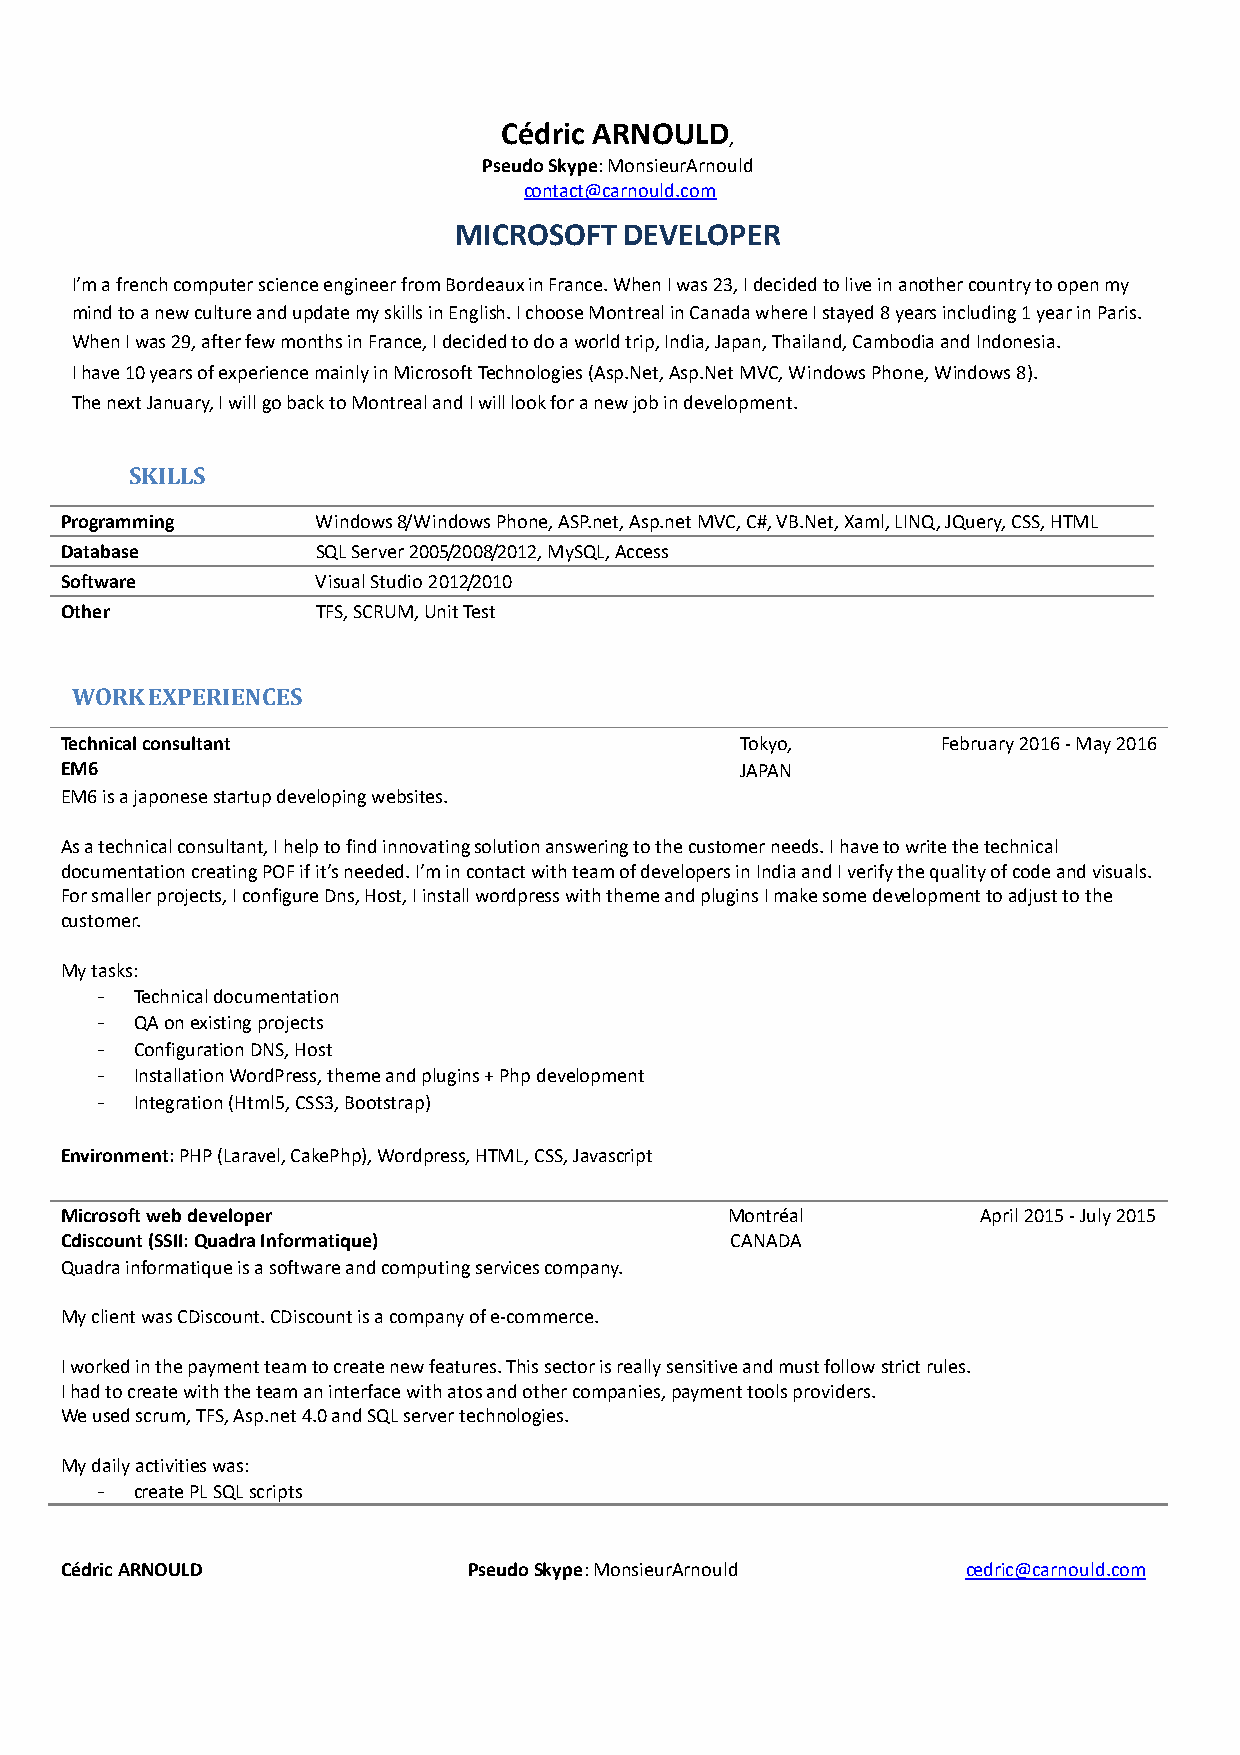
Cédric ARNOULD
 ,
 Pseudo Skype: MonsieurArnould
 contact@carnould.com
 MICROSOFT  DEVELOPER
 I’m a french computer science engineer from Bordeaux in France. When I was 23, I decided to live in another country to open my
 mind to a new culture and update my skills in English. I choose Montreal in Canada where I stayed 8 years including 1 year in Paris.
 When I was 29, after few months in France, I decided to do a world trip, India, Japan, Thailand, Cambodia and Indonesia.
 I have 10 years of experience mainly in Microsoft Technologies (Asp.Net, Asp.Net MVC, Windows Phone, Windows 8).
 The next January, I will go back to Montreal and I will look for a new job in development.
 SKILLS
 Programming      Windows 8/Windows Phone, ASP.net, Asp.net MVC, C#, VB.Net, Xaml, LINQ, JQuery, CSS, HTML
 Database         SQL Server 2005/2008/2012, MySQL, Access
 Software         Visual Studio 2012/2010
 Other            TFS, SCRUM, Unit Test
 WORK EXPERIENCES
 Technical consultant                         Tokyo,       February 2016 - May 2016
 EM6                                          JAPAN
 EM6 is a japonese startup developing websites.
 As a technical consultant, I help to find innovating solution answering to the customer needs. I have to write the technical
 documentation creating POF if it’s needed. I’m in contact with team of developers in India and I verify the quality of code and visuals.
 For smaller projects, I configure Dns, Host, I install wordpress with theme and plugins I make some development to adjust to the
 customer.
 My tasks:
 -  Technical documentation
 -  QA on existing projects
 -  Configuration DNS, Host
 -  Installation WordPress, theme and plugins + Php development
 -  Integration (Html5, CSS3, Bootstrap)
 Environment: PHP (Laravel, CakePhp), Wordpress, HTML, CSS, Javascript
 Microsoft web developer                     Montréal         April 2015 - July 2015
 Cdiscount (SSII: Quadra Informatique)       CANADA
 Quadra informatique is a software and computing services company.
 My client was CDiscount. CDiscount is a company of e-commerce.
 I worked in the payment team to create new features. This sector is really sensitive and must follow strict rules.
 I had to create with the team an interface with atos and other companies, payment tools providers.
 We used scrum, TFS, Asp.net 4.0 and SQL server technologies.
 My daily activities was:
 -  create PL SQL scripts
 Cédric ARNOULD             Pseudo Skype: MonsieurArnould    cedric@carnould.com